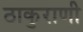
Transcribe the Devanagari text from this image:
ठाकुराणी